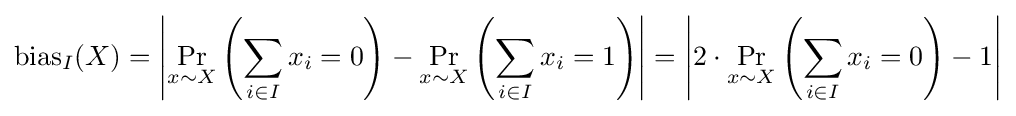
{\text{bias}}_{I}(X)=\left|\Pr _{x\sim X}\left(\sum _{i\in I}x_{i}=0\right)-\Pr _{x\sim X}\left(\sum _{i\in I}x_{i}=1\right)\right|=\left|2\cdot \Pr _{x\sim X}\left(\sum _{i\in I}x_{i}=0\right)-1\right|